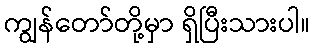
ကျွန်တော်တို့မှာ ရှိပြီးသားပါ။